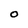
Character: O